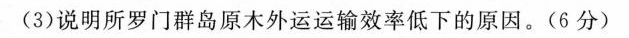
(3)说明所罗门群岛原木外运运输效率低下的原因。(6分)